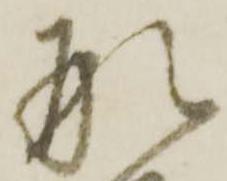
刑